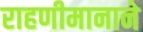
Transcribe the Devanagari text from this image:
राहणीमानाने